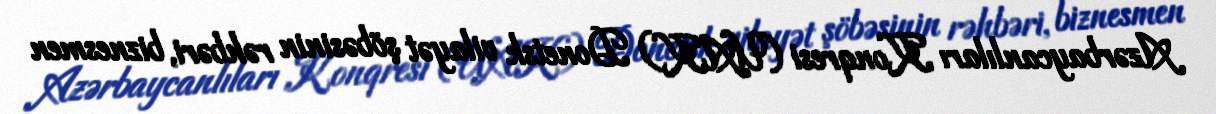
Azərbaycanlıları Konqresi (UAK) Donetsk vilayət şöbəsinin rəhbəri, biznesmen